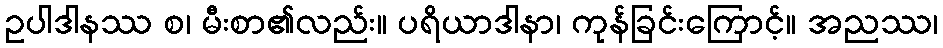
ဥပါဒါနဿ စ၊ မီးစာ၏လည်း။ ပရိယာဒါနာ၊ ကုန်ခြင်းကြောင့်။ အညဿ၊